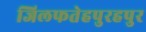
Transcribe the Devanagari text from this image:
जिलफतेहपुरहपुर